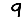
Digit: 9